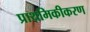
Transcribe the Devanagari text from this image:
प्राथमिकीकरण